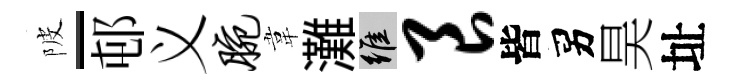
陂-邨义腕韋灘維良皆男昊址